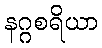
နဂ္ဂစရိယာ